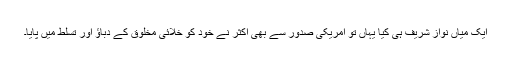
ایک میاں نواز شریف ہی کیا یہاں تو امریکی صدور سے بھی اکثر نے خود کو خلائی مخلوق کے دباؤ اور تسلط میں پایا۔